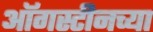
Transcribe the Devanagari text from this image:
ऑगस्टीनच्या